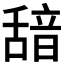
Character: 𮧺